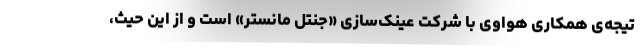
تیجه‌ی همکاری هواوی با شرکت عینک‌سازی «جنتل مانستر» است و از این حیث،